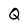
Character: Q